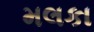
મલકા